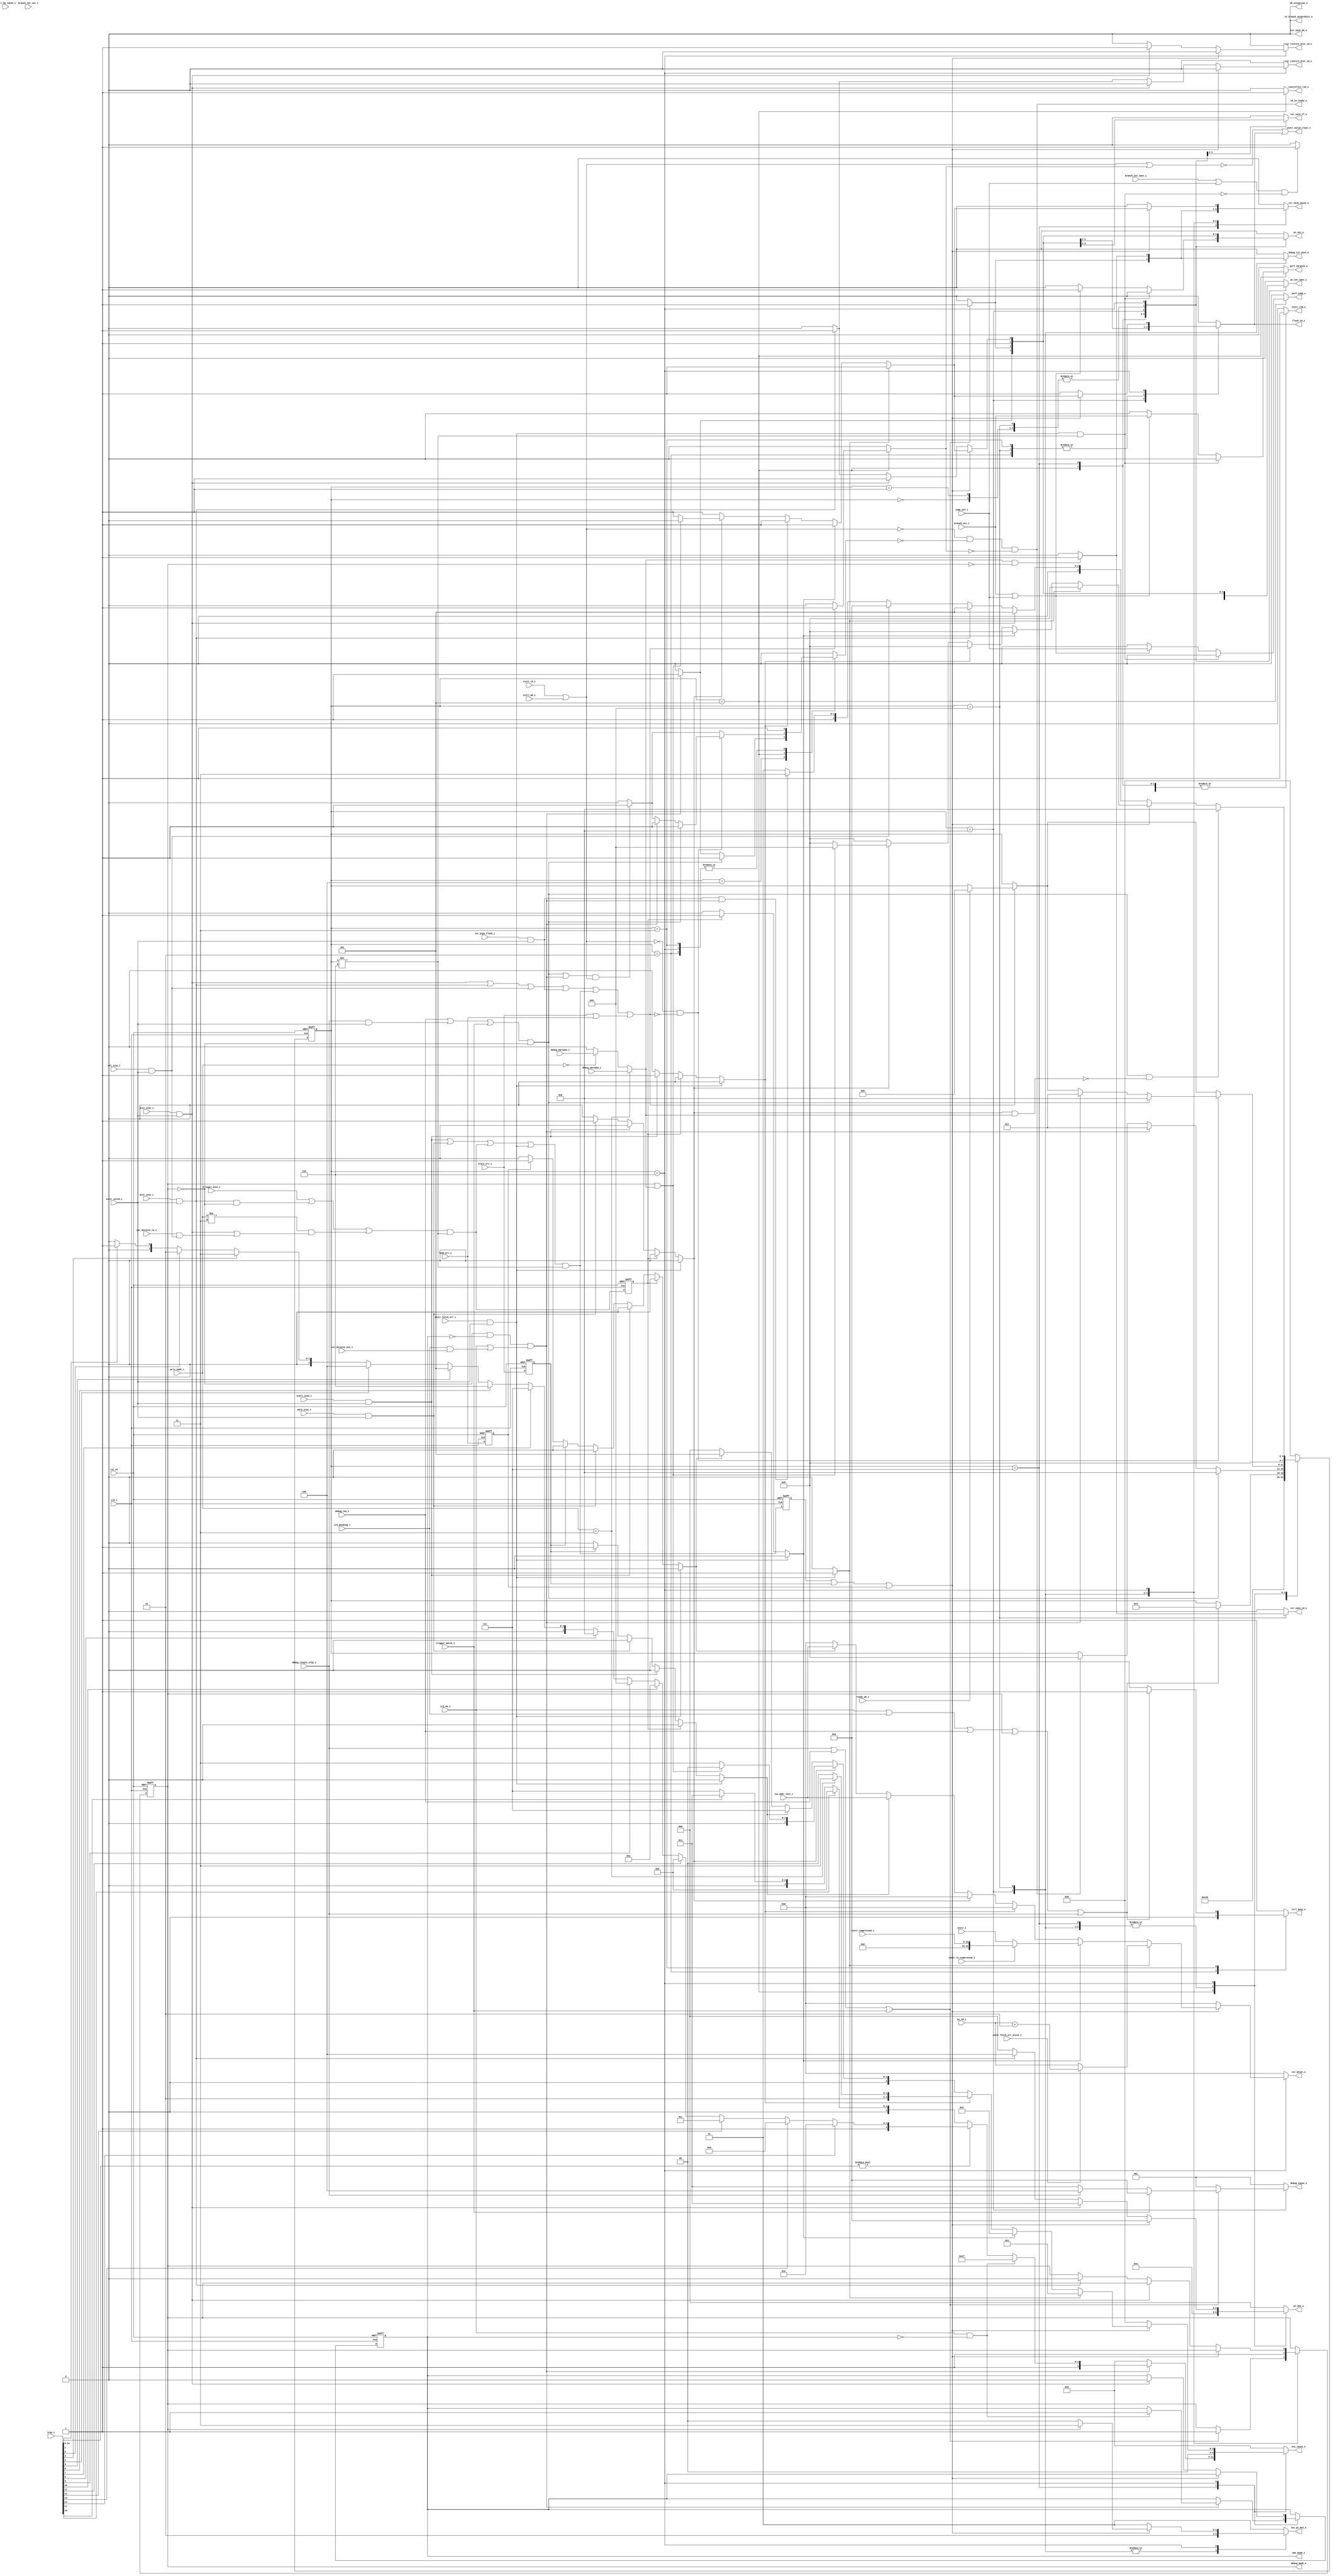
module ibex_controller (
	clk_i,
	rst_ni,
	ctrl_busy_o,
	illegal_insn_i,
	ecall_insn_i,
	mret_insn_i,
	dret_insn_i,
	wfi_insn_i,
	ebrk_insn_i,
	csr_pipe_flush_i,
	instr_valid_i,
	instr_i,
	instr_compressed_i,
	instr_is_compressed_i,
	instr_bp_taken_i,
	instr_fetch_err_i,
	instr_fetch_err_plus2_i,
	pc_id_i,
	instr_valid_clear_o,
	id_in_ready_o,
	controller_run_o,
	instr_req_o,
	pc_set_o,
	pc_set_spec_o,
	pc_mux_o,
	nt_branch_mispredict_o,
	exc_pc_mux_o,
	exc_cause_o,
	lsu_addr_last_i,
	load_err_i,
	store_err_i,
	wb_exception_o,
	branch_set_i,
	branch_set_spec_i,
	branch_not_set_i,
	jump_set_i,
	csr_mstatus_mie_i,
	irq_pending_i,
	irqs_i,
	irq_nm_i,
	nmi_mode_o,
	debug_req_i,
	debug_cause_o,
	debug_csr_save_o,
	debug_mode_o,
	debug_single_step_i,
	debug_ebreakm_i,
	debug_ebreaku_i,
	trigger_match_i,
	csr_save_if_o,
	csr_save_id_o,
	csr_save_wb_o,
	csr_restore_mret_id_o,
	csr_restore_dret_id_o,
	csr_save_cause_o,
	csr_mtval_o,
	priv_mode_i,
	csr_mstatus_tw_i,
	stall_id_i,
	stall_wb_i,
	flush_id_o,
	ready_wb_i,
	perf_jump_o,
	perf_tbranch_o
);
	parameter [0:0] WritebackStage = 0;
	parameter [0:0] BranchPredictor = 0;
	input wire clk_i;
	input wire rst_ni;
	output reg ctrl_busy_o;
	input wire illegal_insn_i;
	input wire ecall_insn_i;
	input wire mret_insn_i;
	input wire dret_insn_i;
	input wire wfi_insn_i;
	input wire ebrk_insn_i;
	input wire csr_pipe_flush_i;
	input wire instr_valid_i;
	input wire [31:0] instr_i;
	input wire [15:0] instr_compressed_i;
	input wire instr_is_compressed_i;
	input wire instr_bp_taken_i;
	input wire instr_fetch_err_i;
	input wire instr_fetch_err_plus2_i;
	input wire [31:0] pc_id_i;
	output wire instr_valid_clear_o;
	output wire id_in_ready_o;
	output reg controller_run_o;
	output reg instr_req_o;
	output reg pc_set_o;
	output reg pc_set_spec_o;
	output reg [2:0] pc_mux_o;
	output reg nt_branch_mispredict_o;
	output reg [1:0] exc_pc_mux_o;
	output reg [5:0] exc_cause_o;
	input wire [31:0] lsu_addr_last_i;
	input wire load_err_i;
	input wire store_err_i;
	output wire wb_exception_o;
	input wire branch_set_i;
	input wire branch_set_spec_i;
	input wire branch_not_set_i;
	input wire jump_set_i;
	input wire csr_mstatus_mie_i;
	input wire irq_pending_i;
	input wire [17:0] irqs_i;
	input wire irq_nm_i;
	output wire nmi_mode_o;
	input wire debug_req_i;
	output reg [2:0] debug_cause_o;
	output reg debug_csr_save_o;
	output wire debug_mode_o;
	input wire debug_single_step_i;
	input wire debug_ebreakm_i;
	input wire debug_ebreaku_i;
	input wire trigger_match_i;
	output reg csr_save_if_o;
	output reg csr_save_id_o;
	output reg csr_save_wb_o;
	output reg csr_restore_mret_id_o;
	output reg csr_restore_dret_id_o;
	output reg csr_save_cause_o;
	output reg [31:0] csr_mtval_o;
	input wire [1:0] priv_mode_i;
	input wire csr_mstatus_tw_i;
	input wire stall_id_i;
	input wire stall_wb_i;
	output wire flush_id_o;
	input wire ready_wb_i;
	output reg perf_jump_o;
	output reg perf_tbranch_o;
	localparam integer RegFileFF = 0;
	localparam integer RegFileFPGA = 1;
	localparam integer RegFileLatch = 2;
	localparam integer RV32MNone = 0;
	localparam integer RV32MSlow = 1;
	localparam integer RV32MFast = 2;
	localparam integer RV32MSingleCycle = 3;
	localparam integer RV32BNone = 0;
	localparam integer RV32BBalanced = 1;
	localparam integer RV32BFull = 2;
	localparam [6:0] OPCODE_LOAD = 7'h03;
	localparam [6:0] OPCODE_MISC_MEM = 7'h0f;
	localparam [6:0] OPCODE_OP_IMM = 7'h13;
	localparam [6:0] OPCODE_AUIPC = 7'h17;
	localparam [6:0] OPCODE_STORE = 7'h23;
	localparam [6:0] OPCODE_OP = 7'h33;
	localparam [6:0] OPCODE_LUI = 7'h37;
	localparam [6:0] OPCODE_BRANCH = 7'h63;
	localparam [6:0] OPCODE_JALR = 7'h67;
	localparam [6:0] OPCODE_JAL = 7'h6f;
	localparam [6:0] OPCODE_SYSTEM = 7'h73;
	localparam [5:0] ALU_ADD = 0;
	localparam [5:0] ALU_SUB = 1;
	localparam [5:0] ALU_XOR = 2;
	localparam [5:0] ALU_OR = 3;
	localparam [5:0] ALU_AND = 4;
	localparam [5:0] ALU_XNOR = 5;
	localparam [5:0] ALU_ORN = 6;
	localparam [5:0] ALU_ANDN = 7;
	localparam [5:0] ALU_SRA = 8;
	localparam [5:0] ALU_SRL = 9;
	localparam [5:0] ALU_SLL = 10;
	localparam [5:0] ALU_SRO = 11;
	localparam [5:0] ALU_SLO = 12;
	localparam [5:0] ALU_ROR = 13;
	localparam [5:0] ALU_ROL = 14;
	localparam [5:0] ALU_GREV = 15;
	localparam [5:0] ALU_GORC = 16;
	localparam [5:0] ALU_SHFL = 17;
	localparam [5:0] ALU_UNSHFL = 18;
	localparam [5:0] ALU_LT = 19;
	localparam [5:0] ALU_LTU = 20;
	localparam [5:0] ALU_GE = 21;
	localparam [5:0] ALU_GEU = 22;
	localparam [5:0] ALU_EQ = 23;
	localparam [5:0] ALU_NE = 24;
	localparam [5:0] ALU_MIN = 25;
	localparam [5:0] ALU_MINU = 26;
	localparam [5:0] ALU_MAX = 27;
	localparam [5:0] ALU_MAXU = 28;
	localparam [5:0] ALU_PACK = 29;
	localparam [5:0] ALU_PACKU = 30;
	localparam [5:0] ALU_PACKH = 31;
	localparam [5:0] ALU_SEXTB = 32;
	localparam [5:0] ALU_SEXTH = 33;
	localparam [5:0] ALU_CLZ = 34;
	localparam [5:0] ALU_CTZ = 35;
	localparam [5:0] ALU_PCNT = 36;
	localparam [5:0] ALU_SLT = 37;
	localparam [5:0] ALU_SLTU = 38;
	localparam [5:0] ALU_CMOV = 39;
	localparam [5:0] ALU_CMIX = 40;
	localparam [5:0] ALU_FSL = 41;
	localparam [5:0] ALU_FSR = 42;
	localparam [5:0] ALU_SBSET = 43;
	localparam [5:0] ALU_SBCLR = 44;
	localparam [5:0] ALU_SBINV = 45;
	localparam [5:0] ALU_SBEXT = 46;
	localparam [5:0] ALU_BEXT = 47;
	localparam [5:0] ALU_BDEP = 48;
	localparam [5:0] ALU_BFP = 49;
	localparam [5:0] ALU_CLMUL = 50;
	localparam [5:0] ALU_CLMULR = 51;
	localparam [5:0] ALU_CLMULH = 52;
	localparam [5:0] ALU_CRC32_B = 53;
	localparam [5:0] ALU_CRC32C_B = 54;
	localparam [5:0] ALU_CRC32_H = 55;
	localparam [5:0] ALU_CRC32C_H = 56;
	localparam [5:0] ALU_CRC32_W = 57;
	localparam [5:0] ALU_CRC32C_W = 58;
	localparam [1:0] MD_OP_MULL = 0;
	localparam [1:0] MD_OP_MULH = 1;
	localparam [1:0] MD_OP_DIV = 2;
	localparam [1:0] MD_OP_REM = 3;
	localparam [1:0] CSR_OP_READ = 0;
	localparam [1:0] CSR_OP_WRITE = 1;
	localparam [1:0] CSR_OP_SET = 2;
	localparam [1:0] CSR_OP_CLEAR = 3;
	localparam [1:0] PRIV_LVL_M = 2'b11;
	localparam [1:0] PRIV_LVL_H = 2'b10;
	localparam [1:0] PRIV_LVL_S = 2'b01;
	localparam [1:0] PRIV_LVL_U = 2'b00;
	localparam [3:0] XDEBUGVER_NO = 4'd0;
	localparam [3:0] XDEBUGVER_STD = 4'd4;
	localparam [3:0] XDEBUGVER_NONSTD = 4'd15;
	localparam [1:0] WB_INSTR_LOAD = 0;
	localparam [1:0] WB_INSTR_STORE = 1;
	localparam [1:0] WB_INSTR_OTHER = 2;
	localparam [1:0] OP_A_REG_A = 0;
	localparam [1:0] OP_A_FWD = 1;
	localparam [1:0] OP_A_CURRPC = 2;
	localparam [1:0] OP_A_IMM = 3;
	localparam [0:0] IMM_A_Z = 0;
	localparam [0:0] IMM_A_ZERO = 1;
	localparam [0:0] OP_B_REG_B = 0;
	localparam [0:0] OP_B_IMM = 1;
	localparam [2:0] IMM_B_I = 0;
	localparam [2:0] IMM_B_S = 1;
	localparam [2:0] IMM_B_B = 2;
	localparam [2:0] IMM_B_U = 3;
	localparam [2:0] IMM_B_J = 4;
	localparam [2:0] IMM_B_INCR_PC = 5;
	localparam [2:0] IMM_B_INCR_ADDR = 6;
	localparam [0:0] RF_WD_EX = 0;
	localparam [0:0] RF_WD_CSR = 1;
	localparam [2:0] PC_BOOT = 0;
	localparam [2:0] PC_JUMP = 1;
	localparam [2:0] PC_EXC = 2;
	localparam [2:0] PC_ERET = 3;
	localparam [2:0] PC_DRET = 4;
	localparam [2:0] PC_BP = 5;
	localparam [1:0] EXC_PC_EXC = 0;
	localparam [1:0] EXC_PC_IRQ = 1;
	localparam [1:0] EXC_PC_DBD = 2;
	localparam [1:0] EXC_PC_DBG_EXC = 3;
	localparam [5:0] EXC_CAUSE_IRQ_SOFTWARE_M = {1'b1, 5'd3};
	localparam [5:0] EXC_CAUSE_IRQ_TIMER_M = {1'b1, 5'd7};
	localparam [5:0] EXC_CAUSE_IRQ_EXTERNAL_M = {1'b1, 5'd11};
	localparam [5:0] EXC_CAUSE_IRQ_NM = {1'b1, 5'd31};
	localparam [5:0] EXC_CAUSE_INSN_ADDR_MISA = {1'b0, 5'd0};
	localparam [5:0] EXC_CAUSE_INSTR_ACCESS_FAULT = {1'b0, 5'd1};
	localparam [5:0] EXC_CAUSE_ILLEGAL_INSN = {1'b0, 5'd2};
	localparam [5:0] EXC_CAUSE_BREAKPOINT = {1'b0, 5'd3};
	localparam [5:0] EXC_CAUSE_LOAD_ACCESS_FAULT = {1'b0, 5'd5};
	localparam [5:0] EXC_CAUSE_STORE_ACCESS_FAULT = {1'b0, 5'd7};
	localparam [5:0] EXC_CAUSE_ECALL_UMODE = {1'b0, 5'd8};
	localparam [5:0] EXC_CAUSE_ECALL_MMODE = {1'b0, 5'd11};
	localparam [2:0] DBG_CAUSE_NONE = 3'h0;
	localparam [2:0] DBG_CAUSE_EBREAK = 3'h1;
	localparam [2:0] DBG_CAUSE_TRIGGER = 3'h2;
	localparam [2:0] DBG_CAUSE_HALTREQ = 3'h3;
	localparam [2:0] DBG_CAUSE_STEP = 3'h4;
	localparam [31:0] PMP_MAX_REGIONS = 16;
	localparam [31:0] PMP_CFG_W = 8;
	localparam [31:0] PMP_I = 0;
	localparam [31:0] PMP_D = 1;
	localparam [1:0] PMP_ACC_EXEC = 2'b00;
	localparam [1:0] PMP_ACC_WRITE = 2'b01;
	localparam [1:0] PMP_ACC_READ = 2'b10;
	localparam [1:0] PMP_MODE_OFF = 2'b00;
	localparam [1:0] PMP_MODE_TOR = 2'b01;
	localparam [1:0] PMP_MODE_NA4 = 2'b10;
	localparam [1:0] PMP_MODE_NAPOT = 2'b11;
	localparam [11:0] CSR_MHARTID = 12'hf14;
	localparam [11:0] CSR_MSTATUS = 12'h300;
	localparam [11:0] CSR_MISA = 12'h301;
	localparam [11:0] CSR_MIE = 12'h304;
	localparam [11:0] CSR_MTVEC = 12'h305;
	localparam [11:0] CSR_MSCRATCH = 12'h340;
	localparam [11:0] CSR_MEPC = 12'h341;
	localparam [11:0] CSR_MCAUSE = 12'h342;
	localparam [11:0] CSR_MTVAL = 12'h343;
	localparam [11:0] CSR_MIP = 12'h344;
	localparam [11:0] CSR_PMPCFG0 = 12'h3a0;
	localparam [11:0] CSR_PMPCFG1 = 12'h3a1;
	localparam [11:0] CSR_PMPCFG2 = 12'h3a2;
	localparam [11:0] CSR_PMPCFG3 = 12'h3a3;
	localparam [11:0] CSR_PMPADDR0 = 12'h3b0;
	localparam [11:0] CSR_PMPADDR1 = 12'h3b1;
	localparam [11:0] CSR_PMPADDR2 = 12'h3b2;
	localparam [11:0] CSR_PMPADDR3 = 12'h3b3;
	localparam [11:0] CSR_PMPADDR4 = 12'h3b4;
	localparam [11:0] CSR_PMPADDR5 = 12'h3b5;
	localparam [11:0] CSR_PMPADDR6 = 12'h3b6;
	localparam [11:0] CSR_PMPADDR7 = 12'h3b7;
	localparam [11:0] CSR_PMPADDR8 = 12'h3b8;
	localparam [11:0] CSR_PMPADDR9 = 12'h3b9;
	localparam [11:0] CSR_PMPADDR10 = 12'h3ba;
	localparam [11:0] CSR_PMPADDR11 = 12'h3bb;
	localparam [11:0] CSR_PMPADDR12 = 12'h3bc;
	localparam [11:0] CSR_PMPADDR13 = 12'h3bd;
	localparam [11:0] CSR_PMPADDR14 = 12'h3be;
	localparam [11:0] CSR_PMPADDR15 = 12'h3bf;
	localparam [11:0] CSR_TSELECT = 12'h7a0;
	localparam [11:0] CSR_TDATA1 = 12'h7a1;
	localparam [11:0] CSR_TDATA2 = 12'h7a2;
	localparam [11:0] CSR_TDATA3 = 12'h7a3;
	localparam [11:0] CSR_MCONTEXT = 12'h7a8;
	localparam [11:0] CSR_SCONTEXT = 12'h7aa;
	localparam [11:0] CSR_DCSR = 12'h7b0;
	localparam [11:0] CSR_DPC = 12'h7b1;
	localparam [11:0] CSR_DSCRATCH0 = 12'h7b2;
	localparam [11:0] CSR_DSCRATCH1 = 12'h7b3;
	localparam [11:0] CSR_MCOUNTINHIBIT = 12'h320;
	localparam [11:0] CSR_MHPMEVENT3 = 12'h323;
	localparam [11:0] CSR_MHPMEVENT4 = 12'h324;
	localparam [11:0] CSR_MHPMEVENT5 = 12'h325;
	localparam [11:0] CSR_MHPMEVENT6 = 12'h326;
	localparam [11:0] CSR_MHPMEVENT7 = 12'h327;
	localparam [11:0] CSR_MHPMEVENT8 = 12'h328;
	localparam [11:0] CSR_MHPMEVENT9 = 12'h329;
	localparam [11:0] CSR_MHPMEVENT10 = 12'h32a;
	localparam [11:0] CSR_MHPMEVENT11 = 12'h32b;
	localparam [11:0] CSR_MHPMEVENT12 = 12'h32c;
	localparam [11:0] CSR_MHPMEVENT13 = 12'h32d;
	localparam [11:0] CSR_MHPMEVENT14 = 12'h32e;
	localparam [11:0] CSR_MHPMEVENT15 = 12'h32f;
	localparam [11:0] CSR_MHPMEVENT16 = 12'h330;
	localparam [11:0] CSR_MHPMEVENT17 = 12'h331;
	localparam [11:0] CSR_MHPMEVENT18 = 12'h332;
	localparam [11:0] CSR_MHPMEVENT19 = 12'h333;
	localparam [11:0] CSR_MHPMEVENT20 = 12'h334;
	localparam [11:0] CSR_MHPMEVENT21 = 12'h335;
	localparam [11:0] CSR_MHPMEVENT22 = 12'h336;
	localparam [11:0] CSR_MHPMEVENT23 = 12'h337;
	localparam [11:0] CSR_MHPMEVENT24 = 12'h338;
	localparam [11:0] CSR_MHPMEVENT25 = 12'h339;
	localparam [11:0] CSR_MHPMEVENT26 = 12'h33a;
	localparam [11:0] CSR_MHPMEVENT27 = 12'h33b;
	localparam [11:0] CSR_MHPMEVENT28 = 12'h33c;
	localparam [11:0] CSR_MHPMEVENT29 = 12'h33d;
	localparam [11:0] CSR_MHPMEVENT30 = 12'h33e;
	localparam [11:0] CSR_MHPMEVENT31 = 12'h33f;
	localparam [11:0] CSR_MCYCLE = 12'hb00;
	localparam [11:0] CSR_MINSTRET = 12'hb02;
	localparam [11:0] CSR_MHPMCOUNTER3 = 12'hb03;
	localparam [11:0] CSR_MHPMCOUNTER4 = 12'hb04;
	localparam [11:0] CSR_MHPMCOUNTER5 = 12'hb05;
	localparam [11:0] CSR_MHPMCOUNTER6 = 12'hb06;
	localparam [11:0] CSR_MHPMCOUNTER7 = 12'hb07;
	localparam [11:0] CSR_MHPMCOUNTER8 = 12'hb08;
	localparam [11:0] CSR_MHPMCOUNTER9 = 12'hb09;
	localparam [11:0] CSR_MHPMCOUNTER10 = 12'hb0a;
	localparam [11:0] CSR_MHPMCOUNTER11 = 12'hb0b;
	localparam [11:0] CSR_MHPMCOUNTER12 = 12'hb0c;
	localparam [11:0] CSR_MHPMCOUNTER13 = 12'hb0d;
	localparam [11:0] CSR_MHPMCOUNTER14 = 12'hb0e;
	localparam [11:0] CSR_MHPMCOUNTER15 = 12'hb0f;
	localparam [11:0] CSR_MHPMCOUNTER16 = 12'hb10;
	localparam [11:0] CSR_MHPMCOUNTER17 = 12'hb11;
	localparam [11:0] CSR_MHPMCOUNTER18 = 12'hb12;
	localparam [11:0] CSR_MHPMCOUNTER19 = 12'hb13;
	localparam [11:0] CSR_MHPMCOUNTER20 = 12'hb14;
	localparam [11:0] CSR_MHPMCOUNTER21 = 12'hb15;
	localparam [11:0] CSR_MHPMCOUNTER22 = 12'hb16;
	localparam [11:0] CSR_MHPMCOUNTER23 = 12'hb17;
	localparam [11:0] CSR_MHPMCOUNTER24 = 12'hb18;
	localparam [11:0] CSR_MHPMCOUNTER25 = 12'hb19;
	localparam [11:0] CSR_MHPMCOUNTER26 = 12'hb1a;
	localparam [11:0] CSR_MHPMCOUNTER27 = 12'hb1b;
	localparam [11:0] CSR_MHPMCOUNTER28 = 12'hb1c;
	localparam [11:0] CSR_MHPMCOUNTER29 = 12'hb1d;
	localparam [11:0] CSR_MHPMCOUNTER30 = 12'hb1e;
	localparam [11:0] CSR_MHPMCOUNTER31 = 12'hb1f;
	localparam [11:0] CSR_MCYCLEH = 12'hb80;
	localparam [11:0] CSR_MINSTRETH = 12'hb82;
	localparam [11:0] CSR_MHPMCOUNTER3H = 12'hb83;
	localparam [11:0] CSR_MHPMCOUNTER4H = 12'hb84;
	localparam [11:0] CSR_MHPMCOUNTER5H = 12'hb85;
	localparam [11:0] CSR_MHPMCOUNTER6H = 12'hb86;
	localparam [11:0] CSR_MHPMCOUNTER7H = 12'hb87;
	localparam [11:0] CSR_MHPMCOUNTER8H = 12'hb88;
	localparam [11:0] CSR_MHPMCOUNTER9H = 12'hb89;
	localparam [11:0] CSR_MHPMCOUNTER10H = 12'hb8a;
	localparam [11:0] CSR_MHPMCOUNTER11H = 12'hb8b;
	localparam [11:0] CSR_MHPMCOUNTER12H = 12'hb8c;
	localparam [11:0] CSR_MHPMCOUNTER13H = 12'hb8d;
	localparam [11:0] CSR_MHPMCOUNTER14H = 12'hb8e;
	localparam [11:0] CSR_MHPMCOUNTER15H = 12'hb8f;
	localparam [11:0] CSR_MHPMCOUNTER16H = 12'hb90;
	localparam [11:0] CSR_MHPMCOUNTER17H = 12'hb91;
	localparam [11:0] CSR_MHPMCOUNTER18H = 12'hb92;
	localparam [11:0] CSR_MHPMCOUNTER19H = 12'hb93;
	localparam [11:0] CSR_MHPMCOUNTER20H = 12'hb94;
	localparam [11:0] CSR_MHPMCOUNTER21H = 12'hb95;
	localparam [11:0] CSR_MHPMCOUNTER22H = 12'hb96;
	localparam [11:0] CSR_MHPMCOUNTER23H = 12'hb97;
	localparam [11:0] CSR_MHPMCOUNTER24H = 12'hb98;
	localparam [11:0] CSR_MHPMCOUNTER25H = 12'hb99;
	localparam [11:0] CSR_MHPMCOUNTER26H = 12'hb9a;
	localparam [11:0] CSR_MHPMCOUNTER27H = 12'hb9b;
	localparam [11:0] CSR_MHPMCOUNTER28H = 12'hb9c;
	localparam [11:0] CSR_MHPMCOUNTER29H = 12'hb9d;
	localparam [11:0] CSR_MHPMCOUNTER30H = 12'hb9e;
	localparam [11:0] CSR_MHPMCOUNTER31H = 12'hb9f;
	localparam [11:0] CSR_CPUCTRL = 12'h7c0;
	localparam [11:0] CSR_SECURESEED = 12'h7c1;
	localparam [11:0] CSR_OFF_PMP_CFG = 12'h3a0;
	localparam [11:0] CSR_OFF_PMP_ADDR = 12'h3b0;
	localparam [31:0] CSR_MSTATUS_MIE_BIT = 3;
	localparam [31:0] CSR_MSTATUS_MPIE_BIT = 7;
	localparam [31:0] CSR_MSTATUS_MPP_BIT_LOW = 11;
	localparam [31:0] CSR_MSTATUS_MPP_BIT_HIGH = 12;
	localparam [31:0] CSR_MSTATUS_MPRV_BIT = 17;
	localparam [31:0] CSR_MSTATUS_TW_BIT = 21;
	localparam [1:0] CSR_MISA_MXL = 2'd1;
	localparam [31:0] CSR_MSIX_BIT = 3;
	localparam [31:0] CSR_MTIX_BIT = 7;
	localparam [31:0] CSR_MEIX_BIT = 11;
	localparam [31:0] CSR_MFIX_BIT_LOW = 16;
	localparam [31:0] CSR_MFIX_BIT_HIGH = 30;
	reg [3:0] ctrl_fsm_cs;
	reg [3:0] ctrl_fsm_ns;
	reg nmi_mode_q;
	reg nmi_mode_d;
	reg debug_mode_q;
	reg debug_mode_d;
	reg load_err_q;
	wire load_err_d;
	reg store_err_q;
	wire store_err_d;
	reg exc_req_q;
	wire exc_req_d;
	reg illegal_insn_q;
	wire illegal_insn_d;
	reg instr_fetch_err_prio;
	reg illegal_insn_prio;
	reg ecall_insn_prio;
	reg ebrk_insn_prio;
	reg store_err_prio;
	reg load_err_prio;
	wire stall;
	reg halt_if;
	reg retain_id;
	reg flush_id;
	wire illegal_dret;
	wire illegal_umode;
	wire exc_req_lsu;
	wire special_req_all;
	wire special_req_branch;
	wire enter_debug_mode;
	wire ebreak_into_debug;
	wire handle_irq;
	reg [3:0] mfip_id;
	wire unused_irq_timer;
	wire ecall_insn;
	wire mret_insn;
	wire dret_insn;
	wire wfi_insn;
	wire ebrk_insn;
	wire csr_pipe_flush;
	wire instr_fetch_err;
	assign load_err_d = load_err_i;
	assign store_err_d = store_err_i;
	assign ecall_insn = ecall_insn_i & instr_valid_i;
	assign mret_insn = mret_insn_i & instr_valid_i;
	assign dret_insn = dret_insn_i & instr_valid_i;
	assign wfi_insn = wfi_insn_i & instr_valid_i;
	assign ebrk_insn = ebrk_insn_i & instr_valid_i;
	assign csr_pipe_flush = csr_pipe_flush_i & instr_valid_i;
	assign instr_fetch_err = instr_fetch_err_i & instr_valid_i;
	assign illegal_dret = dret_insn & ~debug_mode_q;
	assign illegal_umode = (priv_mode_i != PRIV_LVL_M) & (mret_insn | (csr_mstatus_tw_i & wfi_insn));
	localparam [3:0] FLUSH = 6;
	assign illegal_insn_d = ((illegal_insn_i | illegal_dret) | illegal_umode) & (ctrl_fsm_cs != FLUSH);
	assign exc_req_d = (((ecall_insn | ebrk_insn) | illegal_insn_d) | instr_fetch_err) & (ctrl_fsm_cs != FLUSH);
	assign exc_req_lsu = store_err_i | load_err_i;
	assign special_req_all = ((((mret_insn | dret_insn) | wfi_insn) | csr_pipe_flush) | exc_req_d) | exc_req_lsu;
	assign special_req_branch = instr_fetch_err & (ctrl_fsm_cs != FLUSH);
	generate
		if (WritebackStage) begin : g_wb_exceptions
			always @(*) begin
				instr_fetch_err_prio = 0;
				illegal_insn_prio = 0;
				ecall_insn_prio = 0;
				ebrk_insn_prio = 0;
				store_err_prio = 0;
				load_err_prio = 0;
				if (store_err_q)
					store_err_prio = 1'b1;
				else if (load_err_q)
					load_err_prio = 1'b1;
				else if (instr_fetch_err)
					instr_fetch_err_prio = 1'b1;
				else if (illegal_insn_q)
					illegal_insn_prio = 1'b1;
				else if (ecall_insn)
					ecall_insn_prio = 1'b1;
				else if (ebrk_insn)
					ebrk_insn_prio = 1'b1;
			end
			assign wb_exception_o = ((load_err_q | store_err_q) | load_err_i) | store_err_i;
		end
		else begin : g_no_wb_exceptions
			always @(*) begin
				instr_fetch_err_prio = 0;
				illegal_insn_prio = 0;
				ecall_insn_prio = 0;
				ebrk_insn_prio = 0;
				store_err_prio = 0;
				load_err_prio = 0;
				if (instr_fetch_err)
					instr_fetch_err_prio = 1'b1;
				else if (illegal_insn_q)
					illegal_insn_prio = 1'b1;
				else if (ecall_insn)
					ecall_insn_prio = 1'b1;
				else if (ebrk_insn)
					ebrk_insn_prio = 1'b1;
				else if (store_err_q)
					store_err_prio = 1'b1;
				else if (load_err_q)
					load_err_prio = 1'b1;
			end
			assign wb_exception_o = 1'b0;
		end
	endgenerate
	assign enter_debug_mode = ((debug_req_i | (debug_single_step_i & instr_valid_i)) | trigger_match_i) & ~debug_mode_q;
	assign ebreak_into_debug = (priv_mode_i == PRIV_LVL_M ? debug_ebreakm_i : (priv_mode_i == PRIV_LVL_U ? debug_ebreaku_i : 1'b0));
	assign handle_irq = (~debug_mode_q & ~nmi_mode_q) & (irq_nm_i | (irq_pending_i & csr_mstatus_mie_i));
	always @(*) begin : gen_mfip_id
		if (irqs_i[14])
			mfip_id = 4'd14;
		else if (irqs_i[13])
			mfip_id = 4'd13;
		else if (irqs_i[12])
			mfip_id = 4'd12;
		else if (irqs_i[11])
			mfip_id = 4'd11;
		else if (irqs_i[10])
			mfip_id = 4'd10;
		else if (irqs_i[9])
			mfip_id = 4'd9;
		else if (irqs_i[8])
			mfip_id = 4'd8;
		else if (irqs_i[7])
			mfip_id = 4'd7;
		else if (irqs_i[6])
			mfip_id = 4'd6;
		else if (irqs_i[5])
			mfip_id = 4'd5;
		else if (irqs_i[4])
			mfip_id = 4'd4;
		else if (irqs_i[3])
			mfip_id = 4'd3;
		else if (irqs_i[2])
			mfip_id = 4'd2;
		else if (irqs_i[1])
			mfip_id = 4'd1;
		else
			mfip_id = 4'd0;
	end
	assign unused_irq_timer = irqs_i[16];
	function automatic [5:0] sv2v_cast_6;
		input reg [5:0] inp;
		sv2v_cast_6 = inp;
	endfunction
	localparam [3:0] BOOT_SET = 1;
	localparam [3:0] DBG_TAKEN_ID = 9;
	localparam [3:0] DBG_TAKEN_IF = 8;
	localparam [3:0] DECODE = 5;
	localparam [3:0] FIRST_FETCH = 4;
	localparam [3:0] IRQ_TAKEN = 7;
	localparam [3:0] RESET = 0;
	localparam [3:0] SLEEP = 3;
	localparam [3:0] WAIT_SLEEP = 2;
	always @(*) begin
		instr_req_o = 1'b1;
		csr_save_if_o = 1'b0;
		csr_save_id_o = 1'b0;
		csr_save_wb_o = 1'b0;
		csr_restore_mret_id_o = 1'b0;
		csr_restore_dret_id_o = 1'b0;
		csr_save_cause_o = 1'b0;
		csr_mtval_o = {32 {1'sb0}};
		pc_mux_o = PC_BOOT;
		pc_set_o = 1'b0;
		pc_set_spec_o = 1'b0;
		nt_branch_mispredict_o = 1'b0;
		exc_pc_mux_o = EXC_PC_IRQ;
		exc_cause_o = EXC_CAUSE_INSN_ADDR_MISA;
		ctrl_fsm_ns = ctrl_fsm_cs;
		ctrl_busy_o = 1'b1;
		halt_if = 1'b0;
		retain_id = 1'b0;
		flush_id = 1'b0;
		debug_csr_save_o = 1'b0;
		debug_cause_o = DBG_CAUSE_EBREAK;
		debug_mode_d = debug_mode_q;
		nmi_mode_d = nmi_mode_q;
		perf_tbranch_o = 1'b0;
		perf_jump_o = 1'b0;
		controller_run_o = 1'b0;
		case (ctrl_fsm_cs)
			RESET: begin
				instr_req_o = 1'b0;
				pc_mux_o = PC_BOOT;
				pc_set_o = 1'b1;
				pc_set_spec_o = 1'b1;
				ctrl_fsm_ns = BOOT_SET;
			end
			BOOT_SET: begin
				instr_req_o = 1'b1;
				pc_mux_o = PC_BOOT;
				pc_set_o = 1'b1;
				pc_set_spec_o = 1'b1;
				ctrl_fsm_ns = FIRST_FETCH;
			end
			WAIT_SLEEP: begin
				ctrl_busy_o = 1'b0;
				instr_req_o = 1'b0;
				halt_if = 1'b1;
				flush_id = 1'b1;
				ctrl_fsm_ns = SLEEP;
			end
			SLEEP: begin
				instr_req_o = 1'b0;
				halt_if = 1'b1;
				flush_id = 1'b1;
				if ((((irq_nm_i || irq_pending_i) || debug_req_i) || debug_mode_q) || debug_single_step_i)
					ctrl_fsm_ns = FIRST_FETCH;
				else
					ctrl_busy_o = 1'b0;
			end
			FIRST_FETCH: begin
				if (id_in_ready_o)
					ctrl_fsm_ns = DECODE;
				if (handle_irq) begin
					ctrl_fsm_ns = IRQ_TAKEN;
					halt_if = 1'b1;
				end
				if (enter_debug_mode) begin
					ctrl_fsm_ns = DBG_TAKEN_IF;
					halt_if = 1'b1;
				end
			end
			DECODE: begin
				controller_run_o = 1'b1;
				pc_mux_o = PC_JUMP;
				if (special_req_all) begin
					retain_id = 1'b1;
					if (ready_wb_i | wb_exception_o)
						ctrl_fsm_ns = FLUSH;
				end
				if (!special_req_branch) begin
					if (branch_set_i || jump_set_i) begin
						pc_set_o = (BranchPredictor ? ~instr_bp_taken_i : 1'b1);
						perf_tbranch_o = branch_set_i;
						perf_jump_o = jump_set_i;
					end
					if (BranchPredictor)
						if (instr_bp_taken_i & branch_not_set_i)
							nt_branch_mispredict_o = 1'b1;
				end
				if ((branch_set_spec_i || jump_set_i) && !special_req_branch)
					pc_set_spec_o = (BranchPredictor ? ~instr_bp_taken_i : 1'b1);
				if ((enter_debug_mode || handle_irq) && stall)
					halt_if = 1'b1;
				if (!stall && !special_req_all)
					if (enter_debug_mode) begin
						ctrl_fsm_ns = DBG_TAKEN_IF;
						halt_if = 1'b1;
					end
					else if (handle_irq) begin
						ctrl_fsm_ns = IRQ_TAKEN;
						halt_if = 1'b1;
					end
			end
			IRQ_TAKEN: begin
				pc_mux_o = PC_EXC;
				exc_pc_mux_o = EXC_PC_IRQ;
				if (handle_irq) begin
					pc_set_o = 1'b1;
					pc_set_spec_o = 1'b1;
					csr_save_if_o = 1'b1;
					csr_save_cause_o = 1'b1;
					if (irq_nm_i && !nmi_mode_q) begin
						exc_cause_o = EXC_CAUSE_IRQ_NM;
						nmi_mode_d = 1'b1;
					end
					else if (irqs_i[14-:15] != 15'b000000000000000)
						exc_cause_o = sv2v_cast_6({2'b11, mfip_id});
					else if (irqs_i[15])
						exc_cause_o = EXC_CAUSE_IRQ_EXTERNAL_M;
					else if (irqs_i[17])
						exc_cause_o = EXC_CAUSE_IRQ_SOFTWARE_M;
					else
						exc_cause_o = EXC_CAUSE_IRQ_TIMER_M;
				end
				ctrl_fsm_ns = DECODE;
			end
			DBG_TAKEN_IF: begin
				pc_mux_o = PC_EXC;
				exc_pc_mux_o = EXC_PC_DBD;
				if ((debug_single_step_i || debug_req_i) || trigger_match_i) begin
					flush_id = 1'b1;
					pc_set_o = 1'b1;
					pc_set_spec_o = 1'b1;
					csr_save_if_o = 1'b1;
					debug_csr_save_o = 1'b1;
					csr_save_cause_o = 1'b1;
					if (trigger_match_i)
						debug_cause_o = DBG_CAUSE_TRIGGER;
					else if (debug_single_step_i)
						debug_cause_o = DBG_CAUSE_STEP;
					else
						debug_cause_o = DBG_CAUSE_HALTREQ;
					debug_mode_d = 1'b1;
				end
				ctrl_fsm_ns = DECODE;
			end
			DBG_TAKEN_ID: begin
				flush_id = 1'b1;
				pc_mux_o = PC_EXC;
				pc_set_o = 1'b1;
				pc_set_spec_o = 1'b1;
				exc_pc_mux_o = EXC_PC_DBD;
				if (ebreak_into_debug && !debug_mode_q) begin
					csr_save_cause_o = 1'b1;
					csr_save_id_o = 1'b1;
					debug_csr_save_o = 1'b1;
					debug_cause_o = DBG_CAUSE_EBREAK;
				end
				debug_mode_d = 1'b1;
				ctrl_fsm_ns = DECODE;
			end
			FLUSH: begin
				halt_if = 1'b1;
				flush_id = 1'b1;
				ctrl_fsm_ns = DECODE;
				if ((exc_req_q || store_err_q) || load_err_q) begin
					pc_set_o = 1'b1;
					pc_set_spec_o = 1'b1;
					pc_mux_o = PC_EXC;
					exc_pc_mux_o = (debug_mode_q ? EXC_PC_DBG_EXC : EXC_PC_EXC);
					if (WritebackStage) begin : g_writeback_mepc_save
						csr_save_id_o = ~(store_err_q | load_err_q);
						csr_save_wb_o = store_err_q | load_err_q;
					end
					else begin : g_no_writeback_mepc_save
						csr_save_id_o = 1'b0;
					end
					csr_save_cause_o = 1'b1;
					case (1'b1)
						instr_fetch_err_prio: begin
							exc_cause_o = EXC_CAUSE_INSTR_ACCESS_FAULT;
							csr_mtval_o = (instr_fetch_err_plus2_i ? pc_id_i + 32'd2 : pc_id_i);
						end
						illegal_insn_prio: begin
							exc_cause_o = EXC_CAUSE_ILLEGAL_INSN;
							csr_mtval_o = (instr_is_compressed_i ? {16'b0000000000000000, instr_compressed_i} : instr_i);
						end
						ecall_insn_prio: exc_cause_o = (priv_mode_i == PRIV_LVL_M ? EXC_CAUSE_ECALL_MMODE : EXC_CAUSE_ECALL_UMODE);
						ebrk_insn_prio:
							if (debug_mode_q | ebreak_into_debug) begin
								pc_set_o = 1'b0;
								pc_set_spec_o = 1'b0;
								csr_save_id_o = 1'b0;
								csr_save_cause_o = 1'b0;
								ctrl_fsm_ns = DBG_TAKEN_ID;
								flush_id = 1'b0;
							end
							else
								exc_cause_o = EXC_CAUSE_BREAKPOINT;
						store_err_prio: begin
							exc_cause_o = EXC_CAUSE_STORE_ACCESS_FAULT;
							csr_mtval_o = lsu_addr_last_i;
						end
						load_err_prio: begin
							exc_cause_o = EXC_CAUSE_LOAD_ACCESS_FAULT;
							csr_mtval_o = lsu_addr_last_i;
						end
						default:
							;
					endcase
				end
				else if (mret_insn) begin
					pc_mux_o = PC_ERET;
					pc_set_o = 1'b1;
					pc_set_spec_o = 1'b1;
					csr_restore_mret_id_o = 1'b1;
					if (nmi_mode_q)
						nmi_mode_d = 1'b0;
				end
				else if (dret_insn) begin
					pc_mux_o = PC_DRET;
					pc_set_o = 1'b1;
					pc_set_spec_o = 1'b1;
					debug_mode_d = 1'b0;
					csr_restore_dret_id_o = 1'b1;
				end
				else if (wfi_insn)
					ctrl_fsm_ns = WAIT_SLEEP;
				else if (csr_pipe_flush && handle_irq)
					ctrl_fsm_ns = IRQ_TAKEN;
				if (enter_debug_mode && !(ebrk_insn_prio && ebreak_into_debug))
					ctrl_fsm_ns = DBG_TAKEN_IF;
			end
			default: begin
				instr_req_o = 1'b0;
				ctrl_fsm_ns = RESET;
			end
		endcase
	end
	assign flush_id_o = flush_id;
	assign debug_mode_o = debug_mode_q;
	assign nmi_mode_o = nmi_mode_q;
	assign stall = stall_id_i | stall_wb_i;
	assign id_in_ready_o = (~stall & ~halt_if) & ~retain_id;
	assign instr_valid_clear_o = ~(stall | retain_id) | flush_id;
	always @(posedge clk_i or negedge rst_ni) begin : update_regs
		if (!rst_ni) begin
			ctrl_fsm_cs <= RESET;
			nmi_mode_q <= 1'b0;
			debug_mode_q <= 1'b0;
			load_err_q <= 1'b0;
			store_err_q <= 1'b0;
			exc_req_q <= 1'b0;
			illegal_insn_q <= 1'b0;
		end
		else begin
			ctrl_fsm_cs <= ctrl_fsm_ns;
			nmi_mode_q <= nmi_mode_d;
			debug_mode_q <= debug_mode_d;
			load_err_q <= load_err_d;
			store_err_q <= store_err_d;
			exc_req_q <= exc_req_d;
			illegal_insn_q <= illegal_insn_d;
		end
	end
endmodule